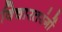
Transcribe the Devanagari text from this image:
विचारतरंगों